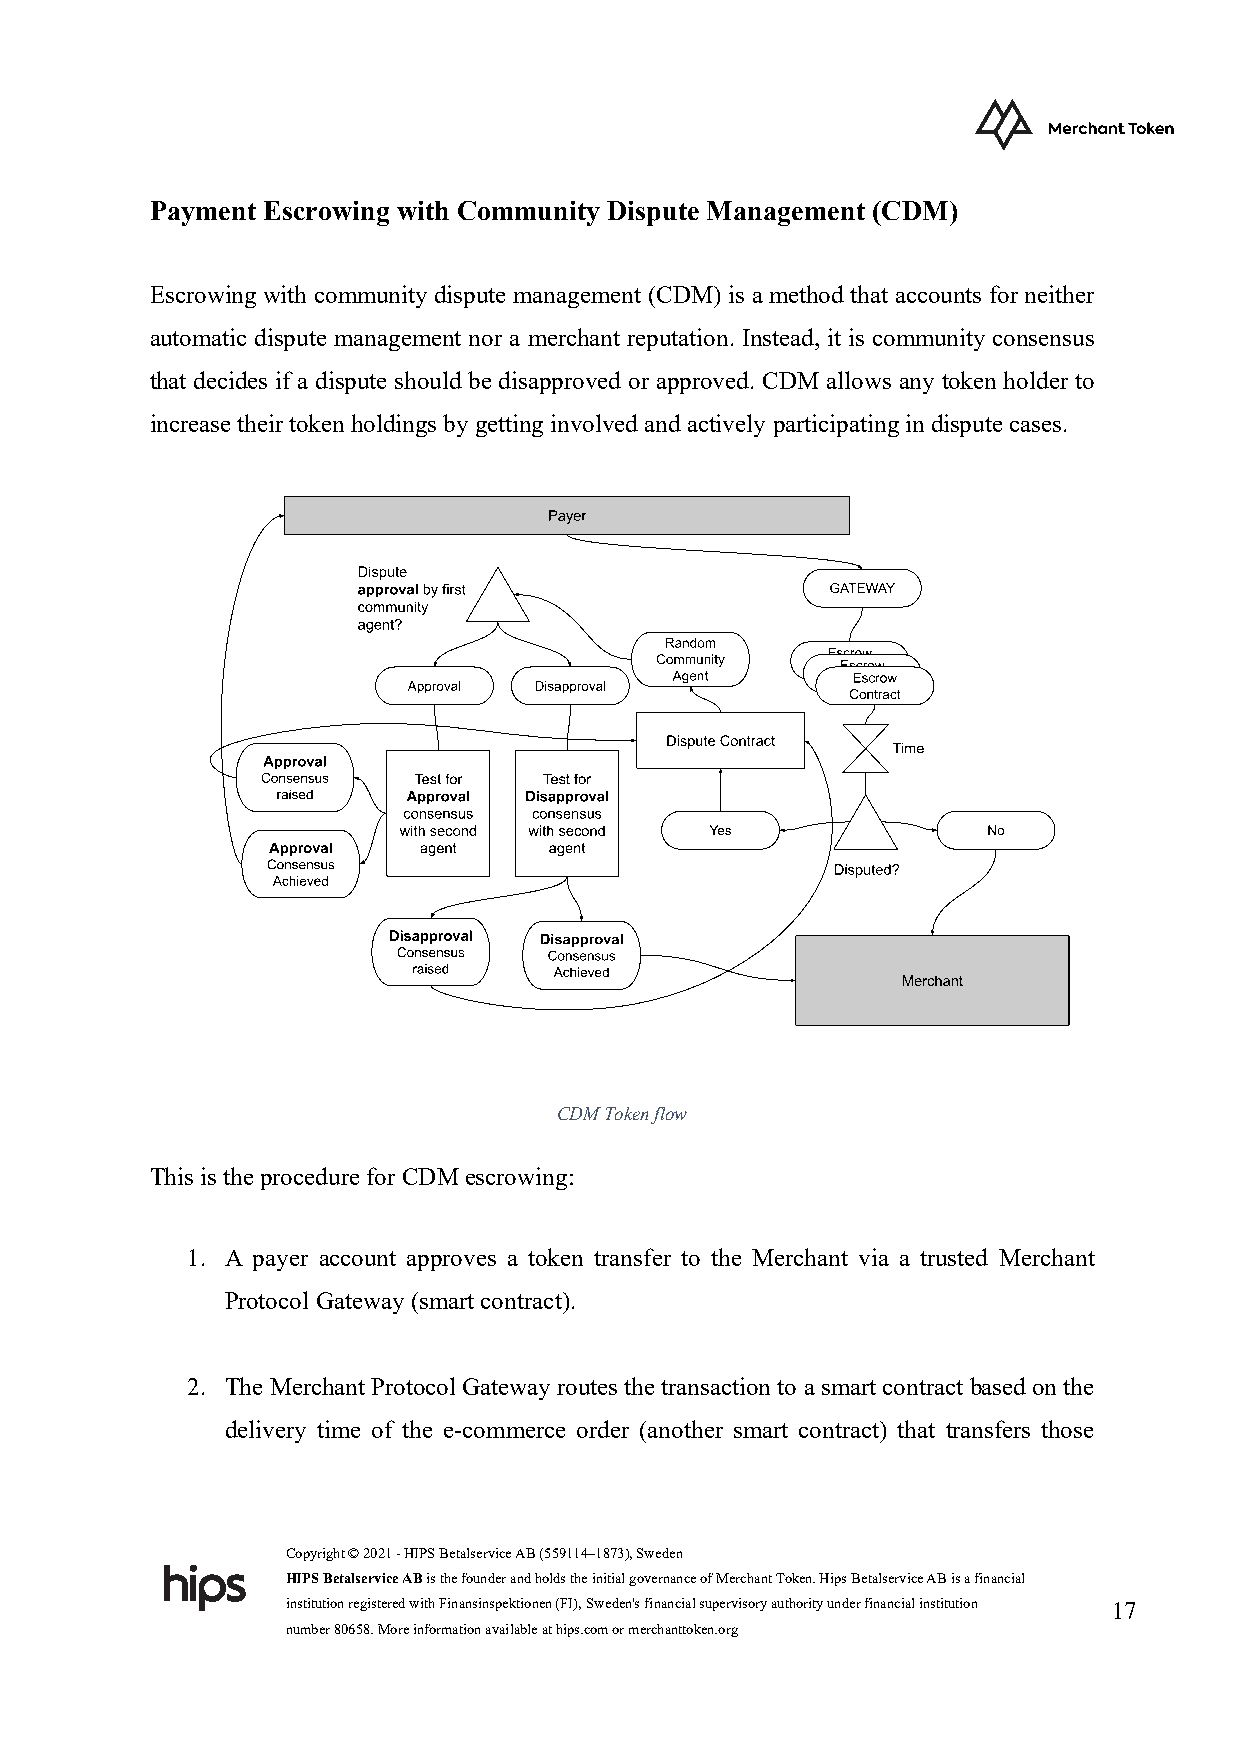
Payment Escrowing with Community Dispute Management (CDM)
 Escrowing with community dispute management (CDM) is a method that accounts for neither
 automatic dispute management nor a merchant reputation. Instead, it is community consensus
 that decides if a dispute should be disapproved or approved. CDM allows any token holder to
 increase their token holdings by getting involved and actively participating in dispute cases.
 CDM Token flow
 This is the procedure for CDM escrowing:
 1. A payer account approves a token transfer to the Merchant via a trusted Merchant
 Protocol Gateway (smart contract).
 2. The Merchant Protocol Gateway routes the transaction to a smart contract based on the
 delivery time of the e-commerce order (another smart contract) that transfers those
 Copyright © 2021 - HIPS Betalservice AB (559114–1873), Sweden
 HIPS Betalservice AB is the founder and holds the initial governance of Merchant Token. Hips Betalservice AB is a financial
 institution registered with Finansinspektionen (FI), Sweden's financial supervisory authority under financial institution 17
 number 80658. More information available at hips.com or merchanttoken.org